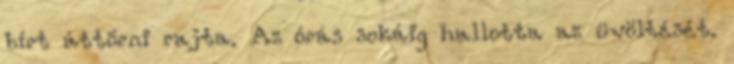
bírt áttörni rajta. Az órás sokáig hallotta az üvöltését.